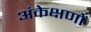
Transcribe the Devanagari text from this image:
अंकेक्षणों